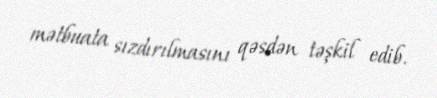
mətbuata sızdırılmasını qəsdən təşkil edib.